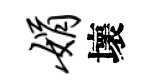
娟壞